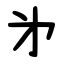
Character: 㐧